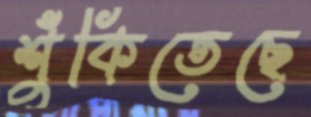
শুঁকিতেছে